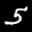
Digit: 5